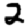
Digit: 2